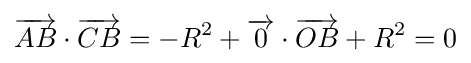
{\overrightarrow {AB}}\cdot {\overrightarrow {CB}}=-R^{2}+{\overrightarrow {0}}\cdot {\overrightarrow {OB}}+R^{2}=0